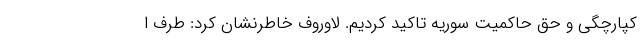
کپارچگی و حق حاکمیت سوریه تاکید کردیم. لاوروف خاطرنشان کرد: طرف ا